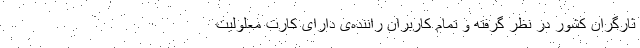
ثارگران کشور در نظر گرفته‌ و تمام کاربران راننده‌ی دارای کارت معلولیت